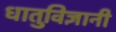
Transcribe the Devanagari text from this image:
धातुविज्ञानी